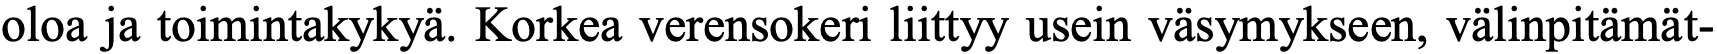
oloa ja toimintakykyä. Korkea verensokeri liittyy usein väsymykseen, välinpitämät-